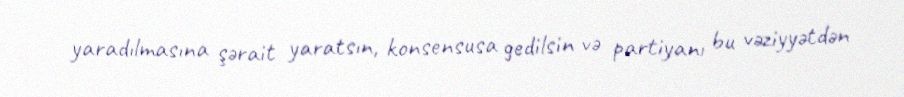
yaradılmasına şərait yaratsın, konsensusa gedilsin və partiyanı bu vəziyyətdən